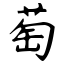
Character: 萄